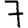
Digit: 7